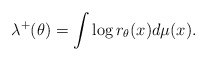
\begin{align*}\lambda\sp+(\theta)=\int\log r_\theta(x)d\mu(x).\end{align*}